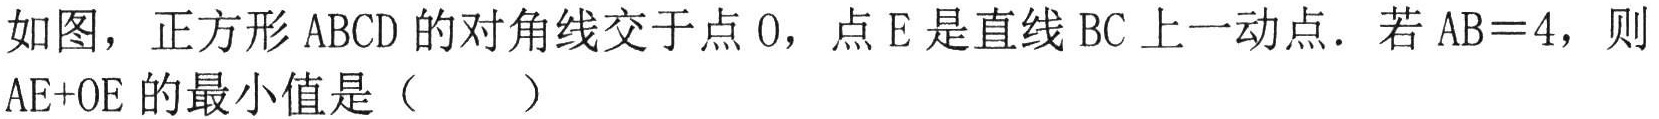
如图，正方形 \(ABCD\) 的对角线交于点 \(O\)，点 \(E\) 是直线 \(BC\) 上一动点．若 \(AB = 4\)，则 \(AE + OE\) 的最小值是（  ）